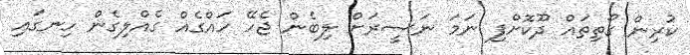
ކުރިން ގޯތިތައް ދޫކޮށްފި ނަމަ ނަސީރަށް ލިބެން ޖެހޭ ހައްގެއް ގެއްލިގެން ހިނގައި